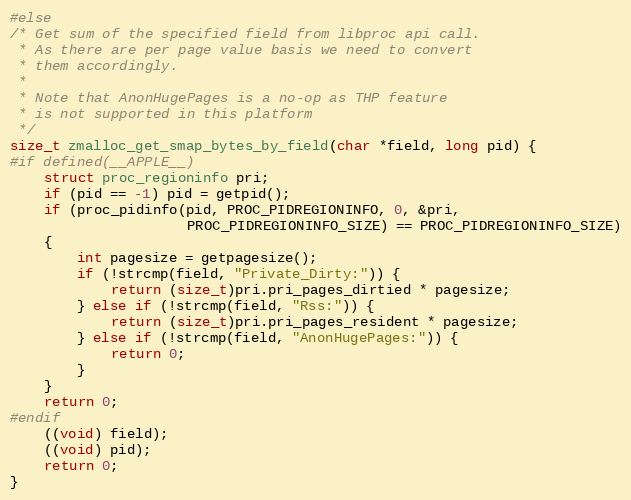
Language: C
#else
/* Get sum of the specified field from libproc api call.
 * As there are per page value basis we need to convert
 * them accordingly.
 *
 * Note that AnonHugePages is a no-op as THP feature
 * is not supported in this platform
 */
size_t zmalloc_get_smap_bytes_by_field(char *field, long pid) {
#if defined(__APPLE__)
    struct proc_regioninfo pri;
    if (pid == -1) pid = getpid();
    if (proc_pidinfo(pid, PROC_PIDREGIONINFO, 0, &pri,
                     PROC_PIDREGIONINFO_SIZE) == PROC_PIDREGIONINFO_SIZE)
    {
        int pagesize = getpagesize();
        if (!strcmp(field, "Private_Dirty:")) {
            return (size_t)pri.pri_pages_dirtied * pagesize;
        } else if (!strcmp(field, "Rss:")) {
            return (size_t)pri.pri_pages_resident * pagesize;
        } else if (!strcmp(field, "AnonHugePages:")) {
            return 0;
        }
    }
    return 0;
#endif
    ((void) field);
    ((void) pid);
    return 0;
}